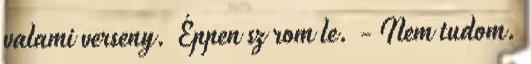
valami verseny. Éppen sz rom le. - Nem tudom.